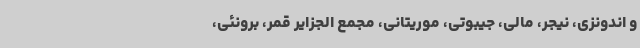
و اندونزی، نیجر، مالی، جیبوتی، موریتانی، مجمع الجزایر قمر، برونئی،